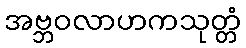
အဗ္ဘဝလာဟကသုတ္တံ